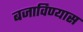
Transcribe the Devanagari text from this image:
बजाविण्यास